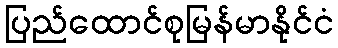
ပြည်ထောင်စုမြန်မာနိုင်ငံ